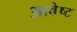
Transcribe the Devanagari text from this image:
आवेष्ट